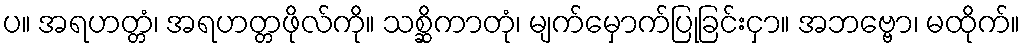
ပ။ အရဟတ္တံ၊ အရဟတ္တဖိုလ်ကို။ သစ္ဆိကာတုံ၊ မျက်မှောက်ပြုခြင်းငှာ။ အဘဗ္ဗော၊ မထိုက်။